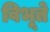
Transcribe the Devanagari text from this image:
विभूते